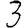
Digit: 3